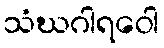
သံဃဂါရဝေါ